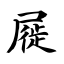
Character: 屣